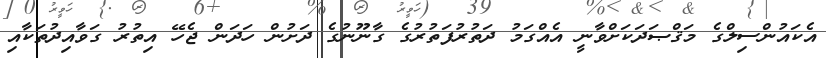
އެކައުންސިލްގެ މަޤްޞަދަކަށްވާނީ އެއްގަމު ދަތުރުފަތުރުގެ ގާނޫނުގެ ދަށުން ހަދަން ޖެހޭ އިތުރު ގަވާއިދުތަކާއި